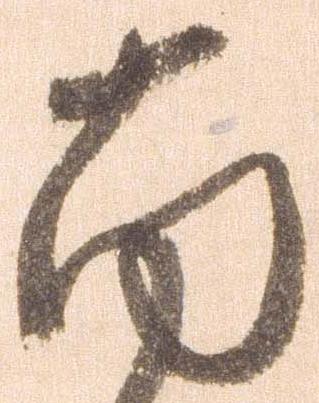
西